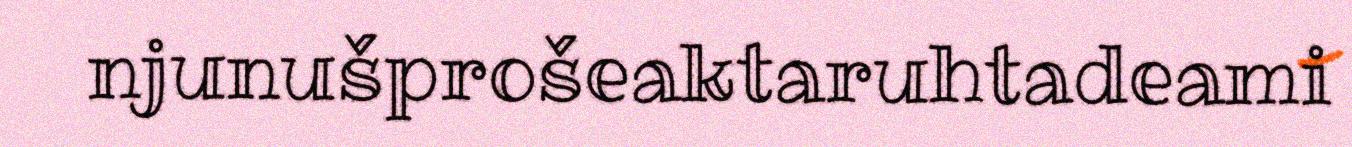
njunušprošeaktaruhtadeami